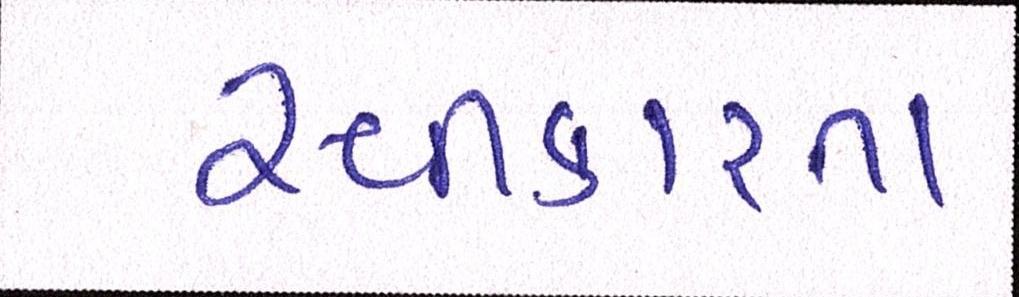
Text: સ્વીકારતા